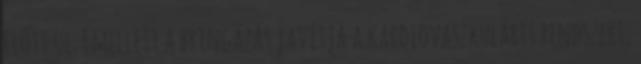
előtt ül. Emellett a bringázás javítja a kardiovaszkuláris rendszert,